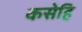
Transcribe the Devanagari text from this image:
कसेहि